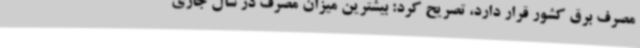
مصرف برق کشور قرار دارد، تصریح کرد: بیشترین میزان مصرف در سال جاری